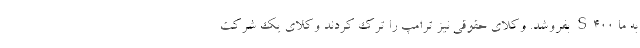
به ما S400 بفروشد. وکلای حقوقی نیز ترامپ را ترک کردند وکلای یک شرکت